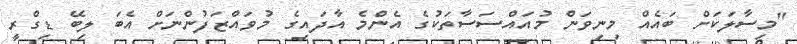
"މިސާލަކަށް ބައެއް މިނިވަން މުއައްސަސާތަކުގެ އެންމެ އާދައިގެ މުވައްޒަފުންނަށް އެބަ ލިބޭ ޑިގްރީ